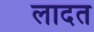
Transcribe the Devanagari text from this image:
लादत